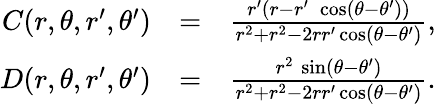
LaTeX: \begin{array}{rlr}{C(r,\theta,r^{\prime},\theta^{\prime})}&{=}&{{\frac{r^{\prime}(r-r^{\prime}\; \cos(\theta-\theta^{\prime}))}{r^{2}+r^{2}-2rr^{\prime}\cos(\theta-\theta^{\prime})}},}\\ {D(r,\theta,r^{\prime},\theta^{\prime})}&{=}&{{\frac{r^{2}\, \sin(\theta-\theta^{\prime})}{r^{2}+r^{2}-2rr^{\prime}\cos(\theta-\theta^{\prime})}}.}\end{array}